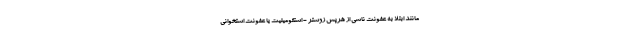
مانند ابتلا به عفونت ناشی از هرپس زوستر - استئومیلیت یا عفونت استخوانی